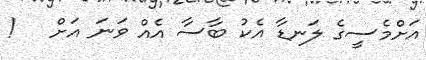
އަށްމެސީގެ ލަނޑާ އެކު ބާސާ އެއް ވަނަ އަށް   !